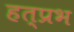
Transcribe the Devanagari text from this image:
हत्प्रभ